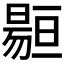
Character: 𱢡